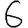
Digit: 6